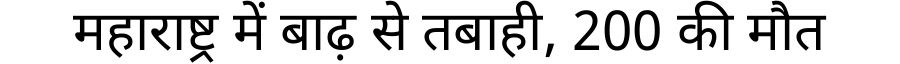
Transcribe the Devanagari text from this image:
महाराष्ट्र में बाढ़ से तबाही, 200 की मौत